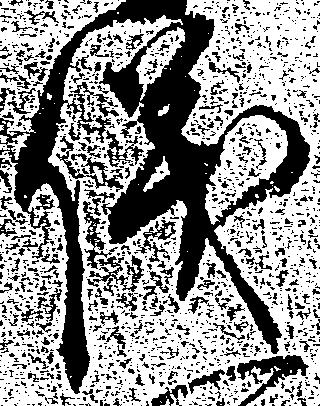
儀